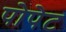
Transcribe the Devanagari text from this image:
पोपेट